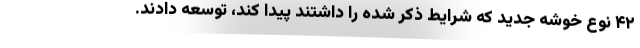
۴۲ نوع خوشه جدید که شرایط ذکر شده را داشتند پیدا کند، توسعه دادند.